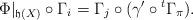
LaTeX: \begin{align*}\Phi|_{\mathfrak{h}(X)} \circ \Gamma_i = \Gamma_j\circ (\gamma'\circ{}^t\Gamma_{\pi}).\end{align*}